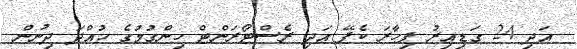
އަދި 24 ގަޑިއިރު ފިހާރަ ކެފޭ އަދި ރެސްޓޯރަންޓް ހިންގުމުގެ ހުއްދަ ދިނުން